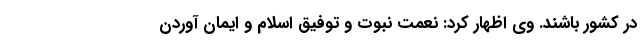
در کشور باشند. وی اظهار کرد: نعمت نبوت و توفیق اسلام و ایمان آوردن